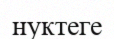
нуктеге